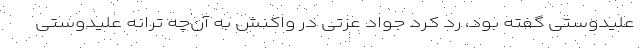
علیدوستی گفته بود، رد کرد جواد عزتی در واکنش به آن‌چه ترانه علیدوستی